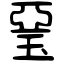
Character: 琧